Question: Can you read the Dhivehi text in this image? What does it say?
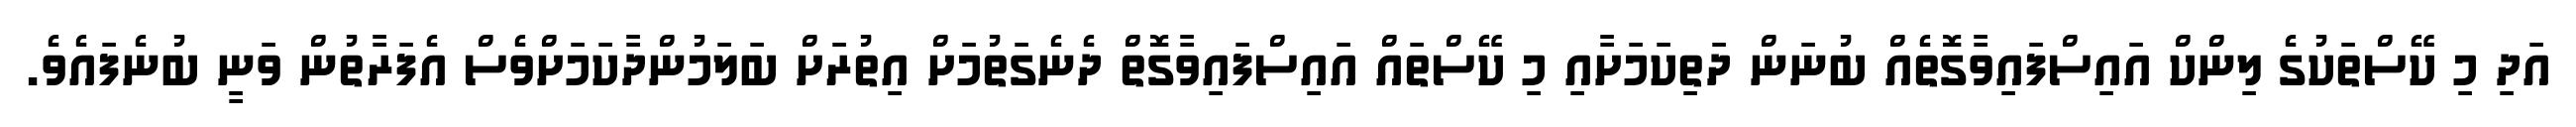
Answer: އަދި މި ކޭސްތަކުގެ ލިންކް އައިސްފައިވާގޮތެއް ބުނަން ދަތިކަމަށާއި މި ކޭސްތައް އައިސްފައިވާގޮތް ދެނެގަތުމަށް އިތުރަށް ބަލަމުންދާކަމަށްވެސް އެފަރާތުން ވަނީ ބުނެފައެވެ.